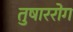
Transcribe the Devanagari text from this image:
तुषाररोग